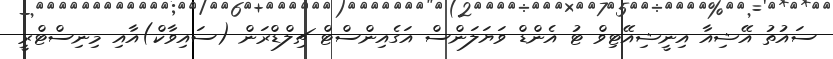
ސައުތު އޭޝިއާ އިނީޝިއޭޓިވް ޓު އެންޑް ވަޔަލަންސް އަގެއިންސްޓް ޗިލްޑްރަން (ސައިވާކް)އާއި މިނިސްޓްރީ